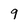
Character: 9